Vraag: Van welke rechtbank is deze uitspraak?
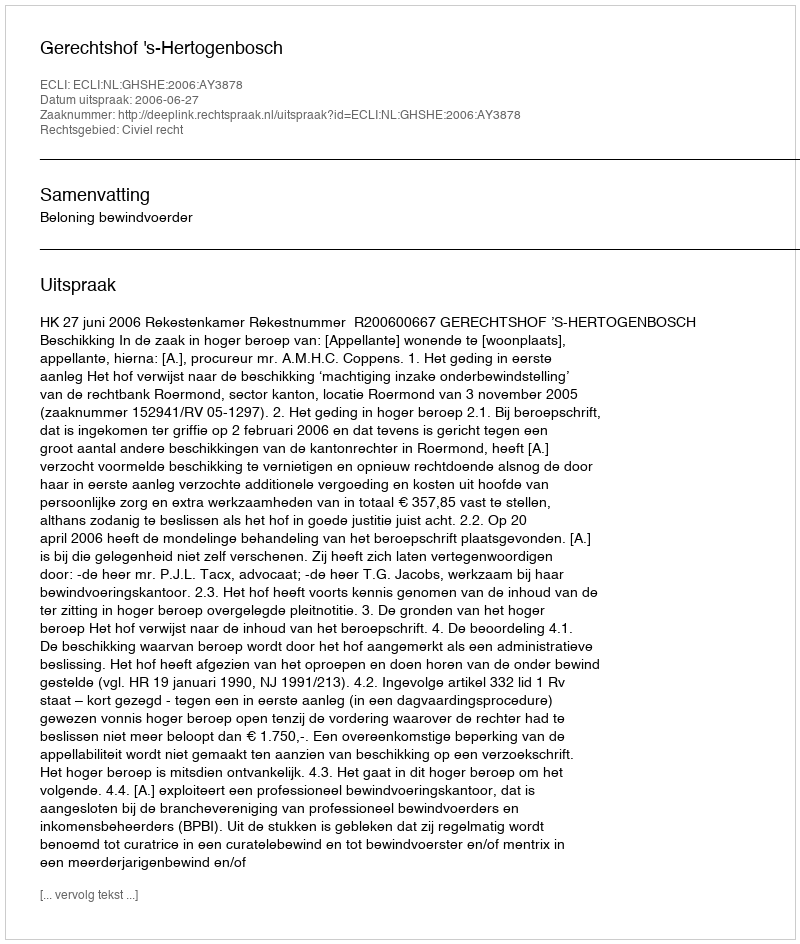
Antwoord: Gerechtshof 's-Hertogenbosch